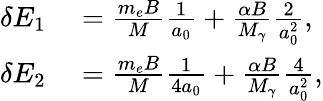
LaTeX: \begin{array}{rl}{\delta E_{1}}&{{}=\frac{m_{e}B}{M}\frac{1}{a_{0}}+\frac{\alpha B}{M_{\gamma}}\frac{2}{a_{0}^{2}},}\\ {\delta E_{2}}&{{}=\frac{m_{e}B}{M}\frac{1}{4a_{0}}+\frac{\alpha B}{M_{\gamma}}\frac{4}{a_{0}^{2}},}\end{array}